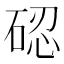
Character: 𱴋